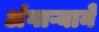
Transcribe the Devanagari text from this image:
अंगाऱ्याने